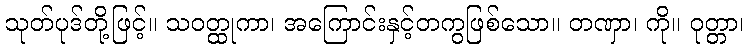
သုတ်ပုဒ်တို့ဖြင့်။ သဝတ္ထုကာ၊ အကြောင်းနှင့်တကွဖြစ်သော။ တဏှာ၊ ကို။ ဝုတ္တာ၊